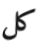
كل